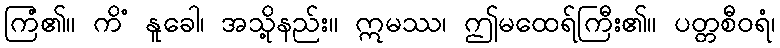
ကြံ၏။ ကိံ နူခေါ၊ အသို့နည်း။ ဣမဿ၊ ဤမထေရ်ကြီး၏။ ပတ္တစီဝရံ၊